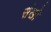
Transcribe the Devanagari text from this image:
संखो